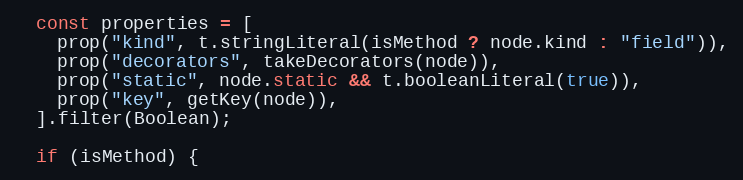
Language: JavaScript
  const properties = [
    prop("kind", t.stringLiteral(isMethod ? node.kind : "field")),
    prop("decorators", takeDecorators(node)),
    prop("static", node.static && t.booleanLiteral(true)),
    prop("key", getKey(node)),
  ].filter(Boolean);

  if (isMethod) {